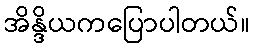
အိန္ဒိယကပြောပါတယ်။